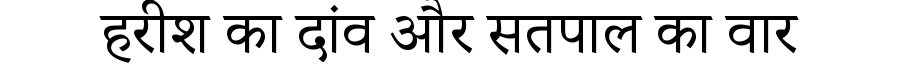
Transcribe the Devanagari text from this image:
हरीश का दांव और सतपाल का वार